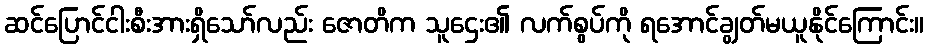
ဆင်ပြောင်ငါးစီးအားရှိသော်လည်း ဇောတိက သူဌေး၏ လက်စွပ်ကို ရအောင်ချွတ်မယူနိုင်ကြောင်း။